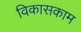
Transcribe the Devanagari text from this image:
विकासकाम